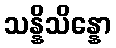
သန္နိသိန္နော